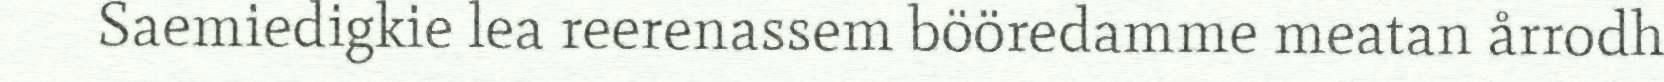
Saemiedigkie lea reerenassem bööredamme meatan årrodh